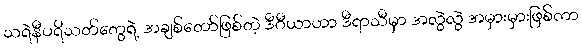
သရဲနီပရိသတ်တွေရဲ့ အချစ်တော်ဖြစ်တဲ့ ဒီဂီယာဟာ ဒီရာသီမှာ အလွဲလွဲ အမှားမှားဖြစ်ကာ